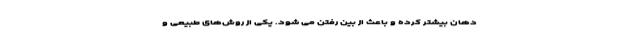
دهان بیشتر کرده و باعث از بین رفتن می شود. یکی از روش‌های طبیعی و